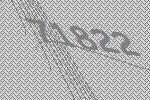
71822